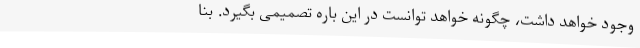
وجود خواهد داشت، چگونه خواهد توانست در این باره تصمیمی بگیرد. بنا